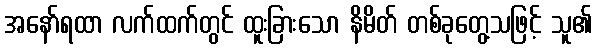
အနော်ရထာ လက်ထက်တွင် ထူးခြားသော နိမိတ် တစ်ခုတွေ့သဖြင့် သူ၏